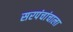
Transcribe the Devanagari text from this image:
सरपंचांचाला